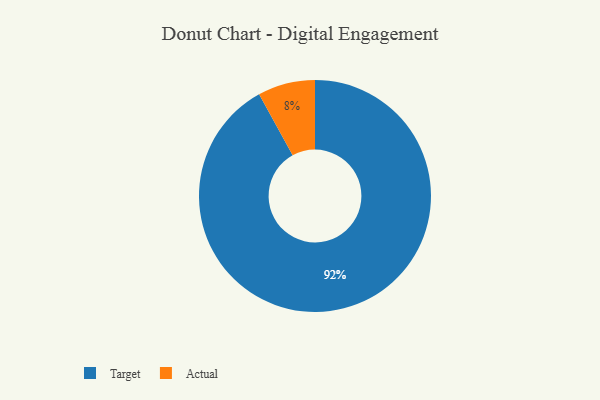
{"axis": {"x": "Category", "y": "Percentage"}, "legend": ["Actual", "Target"], "data": [{"x": "Actual", "y": 8, "type": "Actual"}, {"x": "Target", "y": 92, "type": "Target"}]}